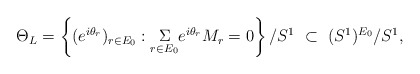
\begin{align*}\Theta_L =\left\{(e^{i\theta_{r}})_{r\in E_{0} } : \underset{r\in E_0}{\Sigma} e^{i \theta_r}M_r = 0\right\}/S^{1}\ \subset\ (S^{1})^{E_0}/S^{1},\end{align*}